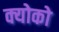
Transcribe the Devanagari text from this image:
क्योको